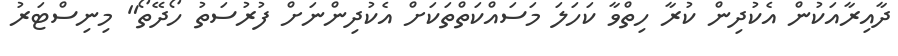
ދާއިރާއަކުން އެކުދިން ކުރާ ހިތްވާ ކަހަލަ މަސައްކަތްތަކަށް އެކުދިންނަށް ފުރުސަތު ހޯދޭތޯ" މިނިސްޓަރު